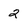
Character: 2